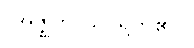
(အဇ္ဈဘာသိ၊ ရွတ်၏။)